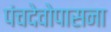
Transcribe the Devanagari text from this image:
पंचदेवोपासना